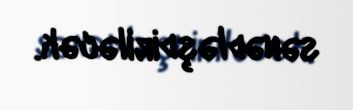
sənədləşdiriləcək.